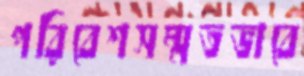
পরিবেশসম্মতভাবে